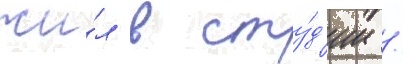
жи́л в сту́д'ии /